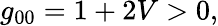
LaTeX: g_{00}=1+2V>0,